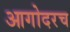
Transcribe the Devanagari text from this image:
आगोदरच